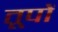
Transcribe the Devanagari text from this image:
तूपों